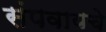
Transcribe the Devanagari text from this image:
संपवायचे